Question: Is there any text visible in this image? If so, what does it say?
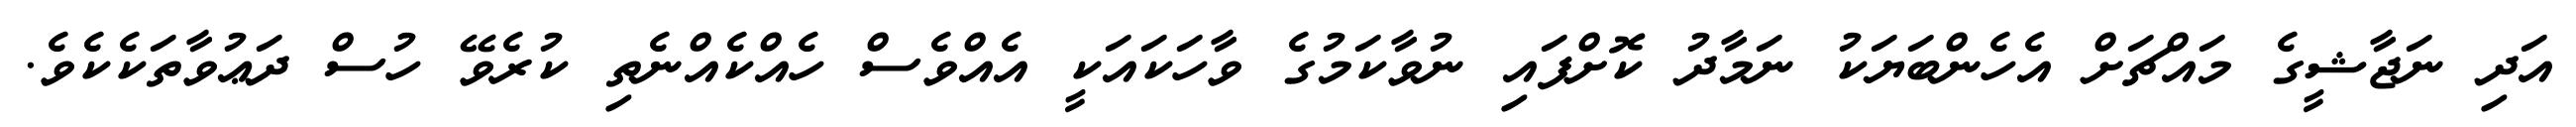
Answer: އަދި ނަޖާޝީގެ މައްޗަށް އެހެންބަޔަކު ނަމާދު ކޮށްފައި ނުވާކަމުގެ ވާހަކައަކީ އެއްވެސް ހެއްކެއްނެތި ކުރެވޭ ހުސް ދަޢުވާތަކެކެވެ.